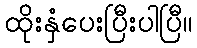
ထိုးနှံပေးပြီးပါပြီ။